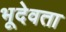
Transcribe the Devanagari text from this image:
भूदेवता